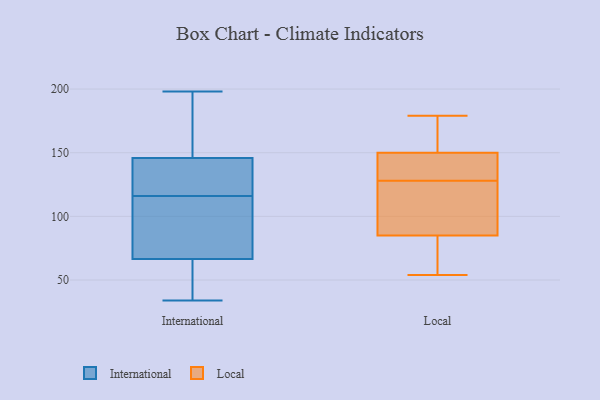
{"axis": {"x": "Gross Profit (USD K)", "y": "Value"}, "legend": ["International", "Local"], "data": [{"x": "", "y": 37, "type": "International"}, {"x": "", "y": 116, "type": "International"}, {"x": "", "y": 104, "type": "International"}, {"x": "", "y": 108, "type": "International"}, {"x": "", "y": 182, "type": "International"}, {"x": "", "y": 54, "type": "International"}, {"x": "", "y": 117, "type": "International"}, {"x": "", "y": 149, "type": "International"}, {"x": "", "y": 34, "type": "International"}, {"x": "", "y": 198, "type": "International"}, {"x": "", "y": 136, "type": "International"}, {"x": "", "y": 124, "type": "Local"}, {"x": "", "y": 93, "type": "Local"}, {"x": "", "y": 139, "type": "Local"}, {"x": "", "y": 132, "type": "Local"}, {"x": "", "y": 150, "type": "Local"}, {"x": "", "y": 74, "type": "Local"}, {"x": "", "y": 54, "type": "Local"}, {"x": "", "y": 56, "type": "Local"}, {"x": "", "y": 179, "type": "Local"}, {"x": "", "y": 132, "type": "Local"}, {"x": "", "y": 172, "type": "Local"}, {"x": "", "y": 110, "type": "Local"}, {"x": "", "y": 155, "type": "Local"}, {"x": "", "y": 85, "type": "Local"}]}